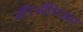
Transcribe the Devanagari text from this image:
ॲरिऑनिअन